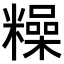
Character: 𥼾